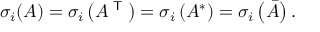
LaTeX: \sigma _ { i } ( A ) = \sigma _ { i } \left( A ^ { \textsf { T } } \right) = \sigma _ { i } \left( A ^ { * } \right) = \sigma _ { i } \left( { \bar { A } } \right) .